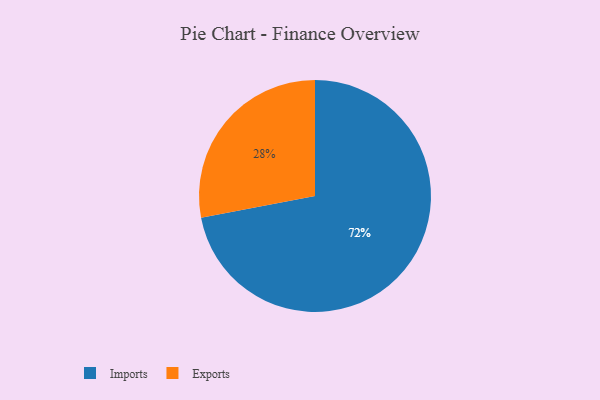
{"axis": {"x": "Category", "y": "Percentage"}, "legend": ["Exports", "Imports"], "data": [{"x": "Exports", "y": 28, "type": "Exports"}, {"x": "Imports", "y": 72, "type": "Imports"}]}